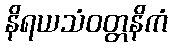
နိရယသံဝတ္တနိကံ